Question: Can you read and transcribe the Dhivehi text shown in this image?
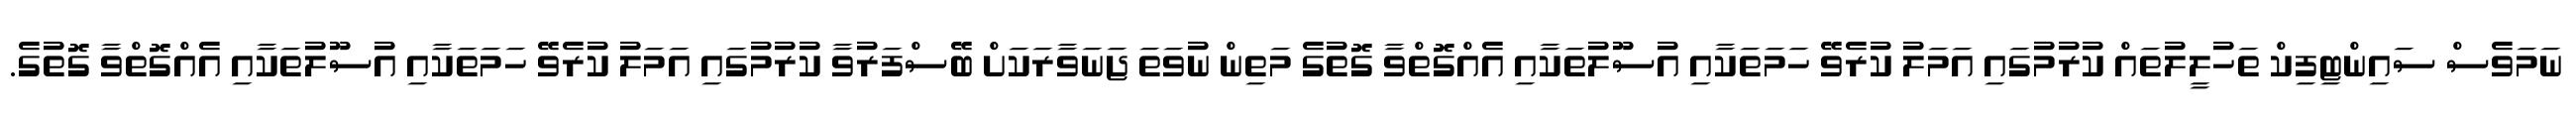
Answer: ނަމަވެސް ސައިންޓިފިކް ތަހުލީލުތައް ކުރުމުގައި އަމަލު ކުރެވޭ ހަމަތަކާއި އުސޫލުތަކާއި އެއްގޮތްވާ ގޮތުގެ މަތިން ނުވަތަ ޖަނަވާރަކަށް ބޭސްފަރުވާ ކުރުމުގައި އަމަލު ކުރެވޭ ހަމަތަކާއި އުސޫލުތަކާއި އެއްގޮތްވާ ގޮތުގެ.